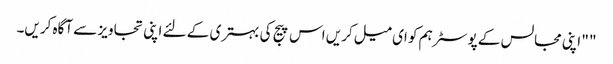
" " اپنی مجالس کے پوسٹر ہم کو ای میل کریں اس پیج کی بہتری کے لئے اپنی تجاویز سے آگاہ کریں۔